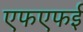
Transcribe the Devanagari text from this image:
एफएफई